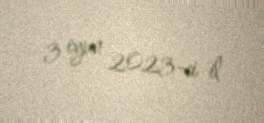
3 iyun 2023-ci il